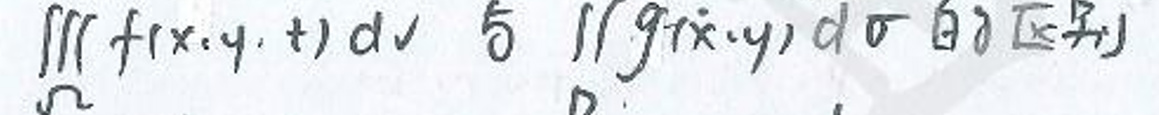
\(\iiint\limits_{\Omega} f(x,y,t) d v = \iint\limits_{\sigma} g(x,y) d \sigma \text{（区域分）}\)